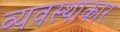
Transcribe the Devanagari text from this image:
व्यवस्थाकार